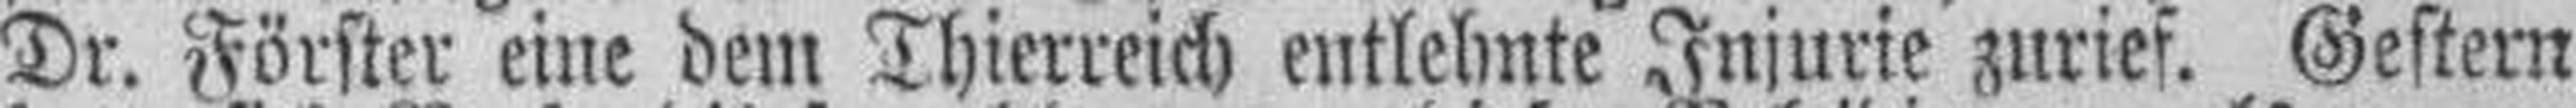
Dr. Förster eine dem Thierreich entlehnte Injurie zurief. Gestern